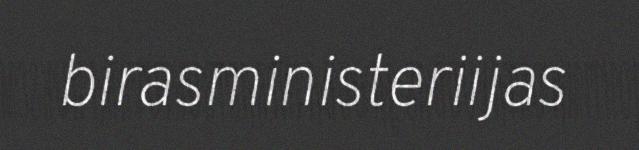
birasministeriijas